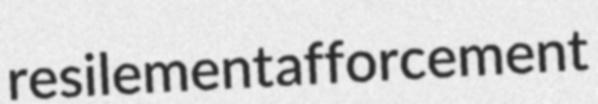
resilement afforcement